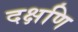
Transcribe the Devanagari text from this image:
दक्षणि